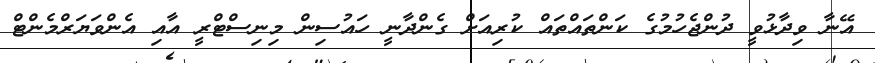
އޭނާ ވިދާޅުވީ ދުންޖެހުމުގެ ކަންތައްތައް ކުރިއަށް ގެންދާނީ ހައުސިން މިނިސްޓްރީ އާއި އެންވަޔަރްމެންޓް